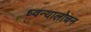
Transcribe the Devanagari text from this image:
ध्वन्यालोचन